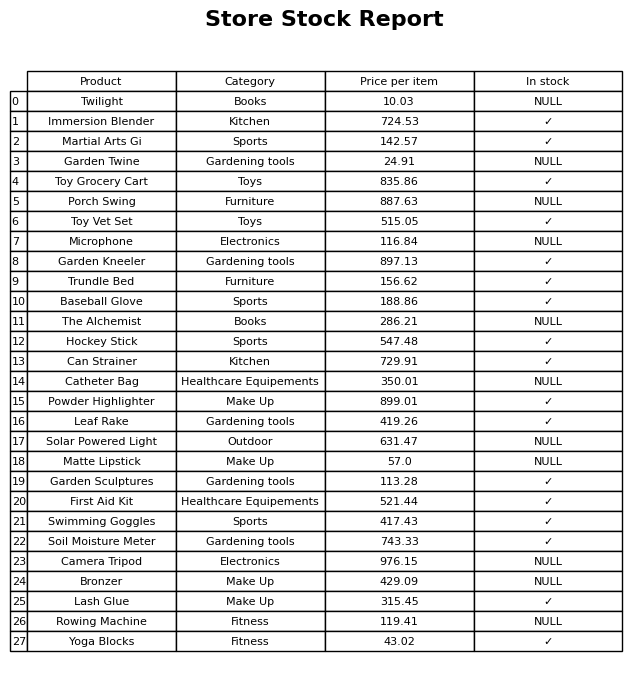
question: What is the stock status of the Bronzer?
answer: NULL